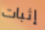
إثبات